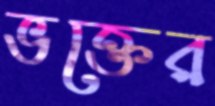
ভক্তের